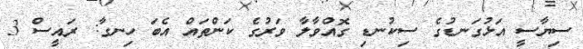
ސިޔާސީ އަޅުގަނޑުގެ ސިކުނޑި ގޮއްވާލާ ވަރުގެ ކަންތައް އެބަ ހިނގާ: ރައީސް 3